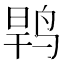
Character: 𱉶